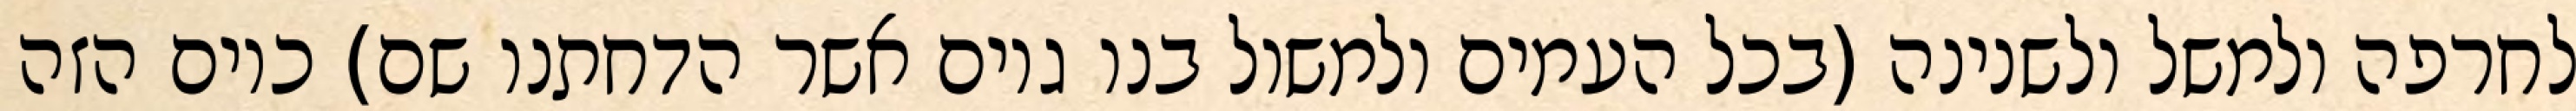
לחרפה ולמשל ולשנינה (בכל העמים ולמשול בנו גוים אשר הדחתנו שם) כיום הזה